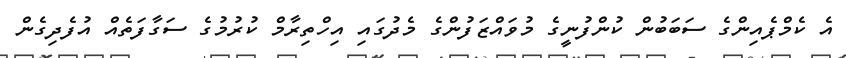
އެ ކެމްޕެއިންގެ ސަބަބުން ކުންފުނީގެ މުވައްޒަފުންގެ މެދުގައި އިހްތިރާމް ކުރުމުގެ ސަގާފަތެއް އުފެދިގެން